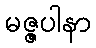
မဇ္ဇပါနာ